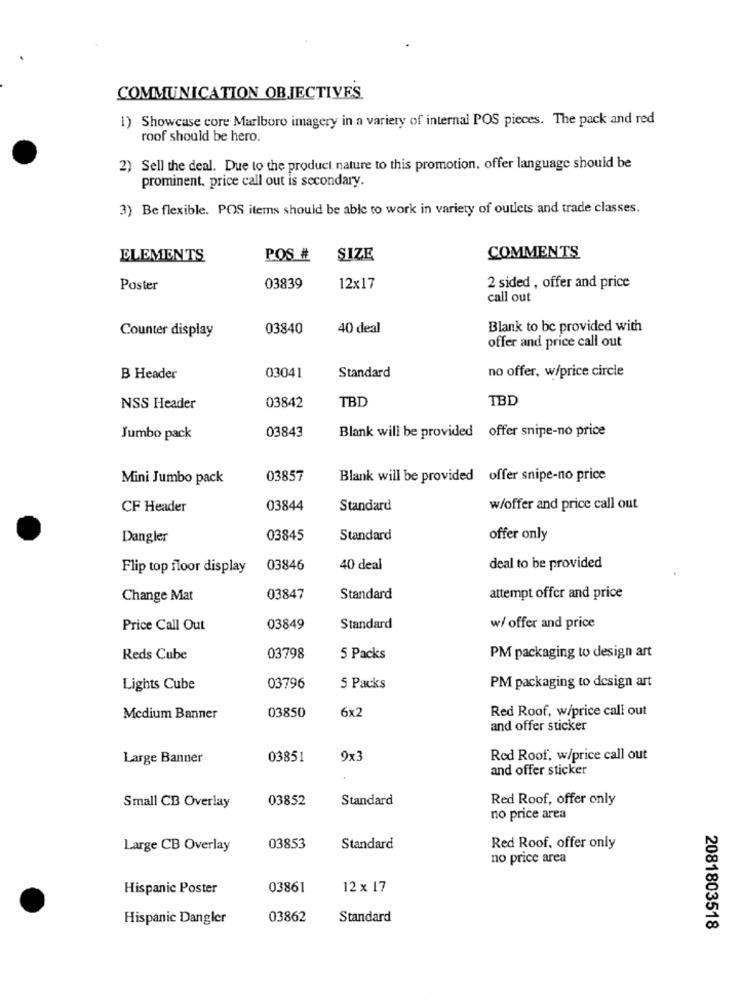
COMMUNICATION OBJECTIVES.
1) Showcase core Marlboro imagery in a variety of internal POS pieces. The pack and red
roof should be hero.
2) Sell the deal. Due to the product nature to this promotion, offer language should be
prominent. price call out is secondary.
3) Be flexible. POS items should be able to work in variety of outlets and trade classes.
ELEMENTS
POS #
SIZE
COMMENTS
Poster
03839
12x17
2 sided , offer and price
call out
Counter display
03840
40 deal
Blank to be provided with
offer and price call out
no offer, w/price circle
B Header
03041
Standard
TBD
TBD
NSS Header
03842
03843
Blank will be provided offer snipe-no price
Jumbo pack
Mini Jumbo pack
03857
Blank will be provided offer snipe-no price
CF Header
03844
Standard
w/offer and price call out
Dangler
03845
Standard
offer only
Flip top floor display
03846
40 deal
deal to be provided
Change Mat
03847
Standard
attempt offer and price
Price Call Out
03849
Standard
w/ offer and price
Reds Cube
03798
5 Packs
PM packaging to design art
Lights Cube
03796
5 Packs
PM packaging to design art
03850
6x2
Red Roof, w/price call out
Medium Banner
and offer sticker
Large Banner
03851
9x3
Red Roof, w/price call out
and offer sticker
03852
Standard
Red Roof, offer only
Small CB Overlay
no price area
Large CB Overlay
03853
Standard
Red Roof, offer only
no price area
Hispanic Poster
03861
12 x 17
Hispanic Dangler
03862
Standard
2081803518